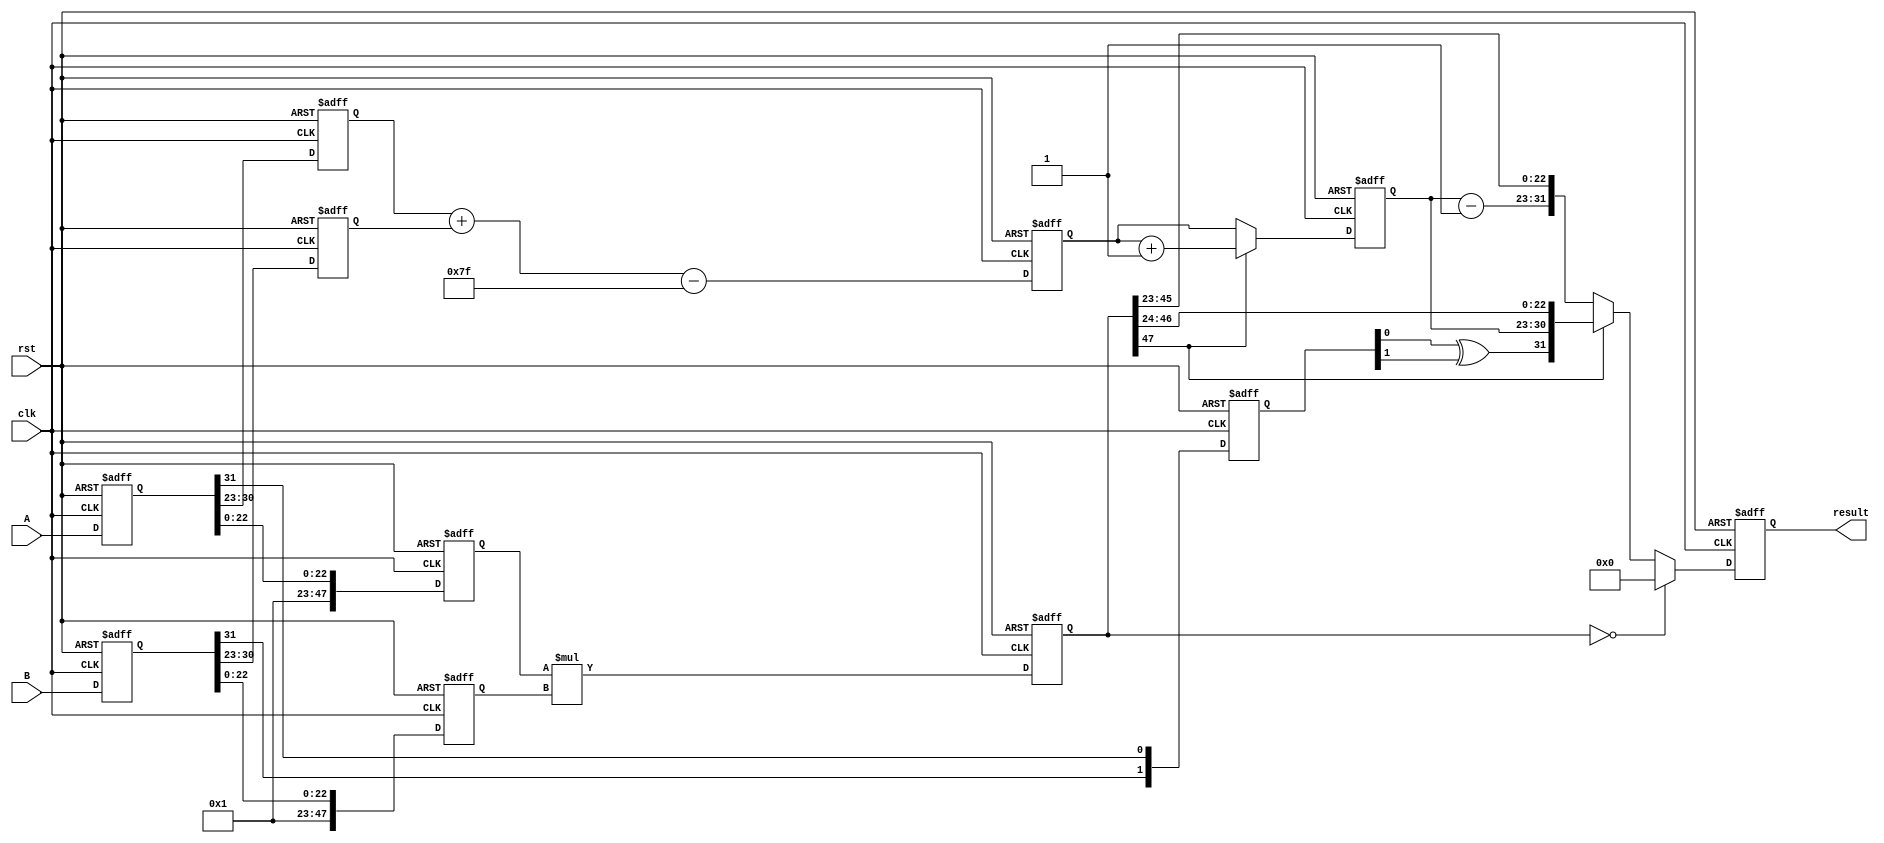
module floating_point_multiplier (
    input clk,
    input rst,
    input [31:0] A, // Input A (Floating-Point)
    input [31:0] B, // Input B (Floating-Point)
    output reg [31:0] result // Output (Floating-Point)
);

    // Internal registers and wires
    reg [31:0] reg_A, reg_B;
    reg [1:0] sign; // 1 bit for each input's sign
    reg [7:0] exponent_A, exponent_B;
    reg [47:0] mantissa_A, mantissa_B; // 23+1 (implicit bit) from each input
    reg [47:0] mantissa_product;
    reg [8:0] exponent_sum; // 8 bits for exponent with 1 extra for overflow
    reg [8:0] adjusted_exponent;
    
    // Stage 1: Input Registration
    always @(posedge clk or posedge rst) begin
        if (rst) begin
            reg_A <= 32'b0;
            reg_B <= 32'b0;
        end else begin
            reg_A <= A;
            reg_B <= B;
        end
    end

    // Stage 2: Decompose Inputs
    always @(posedge clk or posedge rst) begin
        if (rst) begin
            sign <= 2'b0;
            exponent_A <= 8'b0;
            exponent_B <= 8'b0;
            mantissa_A <= 48'b0;
            mantissa_B <= 48'b0;
        end else begin
            sign[0] <= reg_A[31];
            sign[1] <= reg_B[31];
            exponent_A <= reg_A[30:23];
            exponent_B <= reg_B[30:23];
            // Add implicit leading bit
            mantissa_A <= {1'b1, reg_A[22:0]};
            mantissa_B <= {1'b1, reg_B[22:0]};
        end
    end

    // Stage 3: Multiply Mantissas
    always @(posedge clk or posedge rst) begin
        if (rst) begin
            mantissa_product <= 48'b0;
        end else begin
            mantissa_product <= mantissa_A * mantissa_B; // 24x24 = 48-bit product
        end
    end

    // Stage 4: Calculate Exponent
    always @(posedge clk or posedge rst) begin
        if (rst) begin
            exponent_sum <= 9'b0;
            adjusted_exponent <= 9'b0;
        end else begin
            exponent_sum <= exponent_A + exponent_B - 8'd127; // Subtract bias
            if (mantissa_product[47] == 1'b1) begin
                adjusted_exponent <= exponent_sum + 1; // Overflow
            end else begin
                adjusted_exponent <= exponent_sum; // No adjustment needed
            end
        end
    end

    // Stage 5: Normalization
    always @(posedge clk or posedge rst) begin
        if (rst) begin
            result <= 32'b0;
        end else begin
            if (mantissa_product == 0) begin
                // Zero case
                result <= 32'b0;
            end else begin
                // Normalize the mantissa
                if (mantissa_product[47] == 1'b1) begin
                    // If the product is normalized
                    result <= {sign[0] ^ sign[1], adjusted_exponent[7:0], mantissa_product[46:24]};
                end else begin
                    // Right shift mantissa for normalization
                    result <= {sign[0] ^ sign[1], adjusted_exponent[7:0] - 1, mantissa_product[45:23]};
                end
            end
        end
    end

endmodule